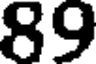
89